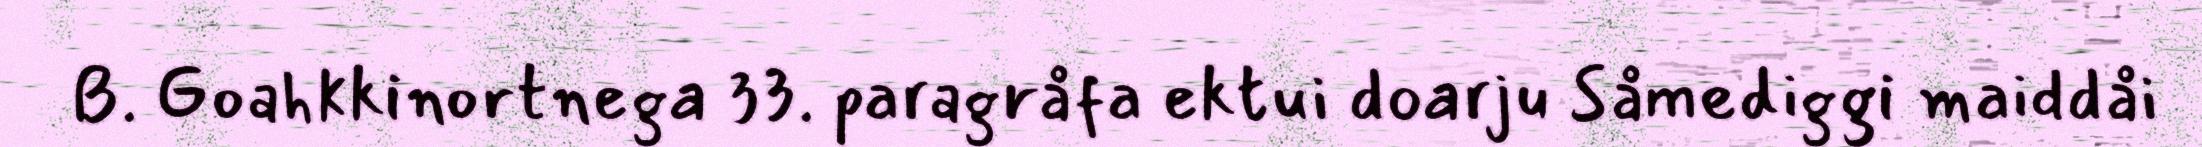
B. Goahkkinortnega 33. paragråfa ektui doarju Såmediggi maiddåi